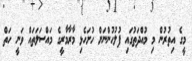
މީގެ އިތުރުން މި މުއްދަތުގައި ފުލުހުންނަށް ހުށަހެޅި މާރާމާރީގެ މައްސަލަތައް ވަނީ ހަތް